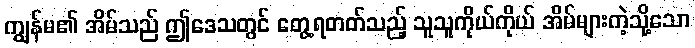
ကျွန်မ၏ အိမ်သည် ဤဒေသတွင် တွေ့ရတတ်သည့် သူသူကိုယ်ကိုယ် အိမ်များကဲ့သို့သော